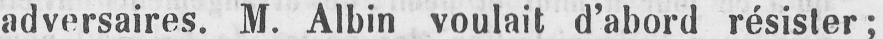
adversaires. M. Albin voulait d’abord résister;